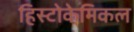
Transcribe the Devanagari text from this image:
हिस्टोकेमिकल